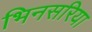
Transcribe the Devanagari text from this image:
भिनसरिया